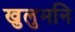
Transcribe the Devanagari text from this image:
खुलुमनि